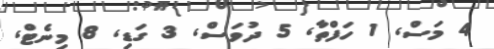
4 މަސް